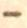
-